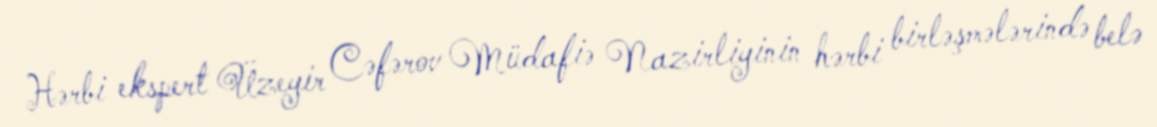
Hərbi ekspert Üzeyir Cəfərov Müdafiə Nazirliyinin hərbi birləşmələrində belə